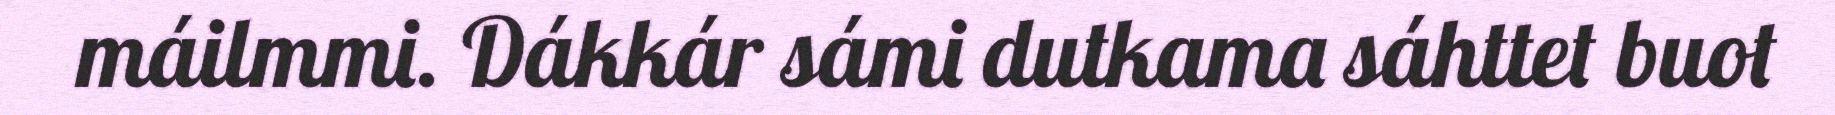
máilmmi. Dákkár sámi dutkama sáhttet buot